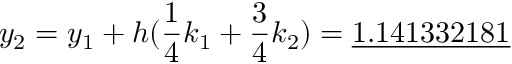
y _ { 2 } = y _ { 1 } + h ( { \frac { 1 } { 4 } } k _ { 1 } + { \frac { 3 } { 4 } } k _ { 2 } ) = { \underline { { 1 . 1 4 1 3 3 2 1 8 1 } } }